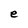
Character: e